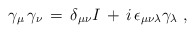
\begin{align*}\gamma_\mu \,\gamma_\nu \,=\, \delta_{\mu\nu} I \,+ \, i \,\epsilon_{\mu\nu\lambda} \gamma_\lambda \;,\end{align*}